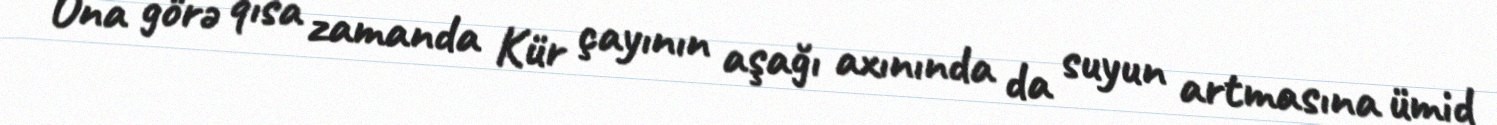
Ona görə qısa zamanda Kür çayının aşağı axınında da suyun artmasına ümid